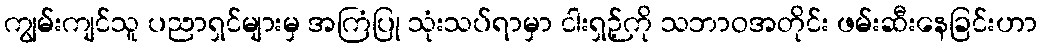
ကျွမ်းကျင်သူ ပညာရှင်များမှ အကြံပြု သုံးသပ်ရာမှာ ငါးရှဉ့်ကို သဘာဝအတိုင်း ဖမ်းဆီးနေခြင်းဟာ